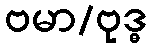
ဗမာ/ဗုဒ္ဓ